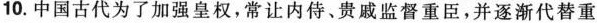
10.中国古代为了加强皇权，常让内侍、贵戚监督重臣，并逐渐代替重